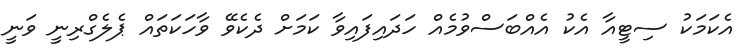
އެކަމަކު ސިޓީއާ އެކު އެއްބަސްވުމެއް ހަދައިފައިވާ ކަމަށް ދެކެވޭ ވާހަކަތައް ޕެލެގްރިނީ ވަނީ